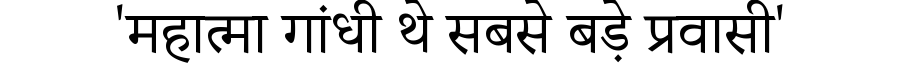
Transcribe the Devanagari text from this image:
'महात्मा गांधी थे सबसे बड़े प्रवासी'